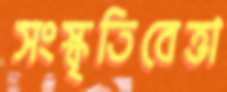
সংস্কৃতিবেত্তা